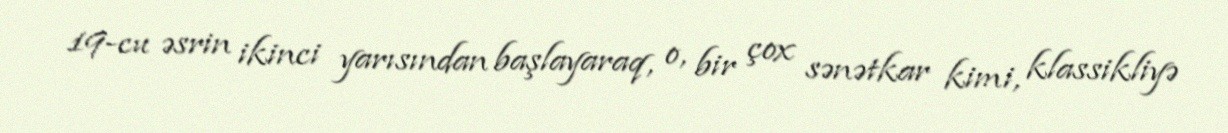
19-cu əsrin ikinci yarısından başlayaraq, o, bir çox sənətkar kimi, klassikliyə